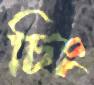
চিং